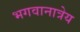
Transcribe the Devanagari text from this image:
भगवानात्रेय